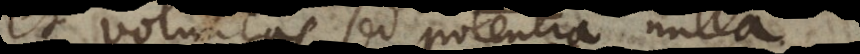
et voluntas, sed potentia nulla